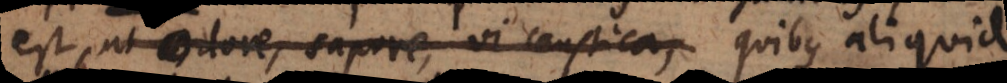
est, ut odore, sapore, vi caustica, quibus aliquid